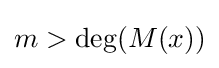
m>\deg(M(x))